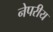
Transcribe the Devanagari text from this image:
नेपरीय